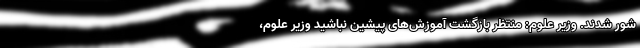
شور شدند. وزیر علوم: منتظر بازگشت آموزش‌های پیشین نباشید وزیر علوم،